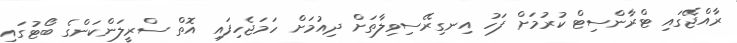
ރާއްޖޭގައި ޓްރާންސިޓް ކުރުމަށް ފަހު އިނގިރޭސިވިލާތަށް ދިއުމަށް ހަމަޖެހިފައި އޮތް ސްރީލަންކަންގެ ބޯޓުގައި